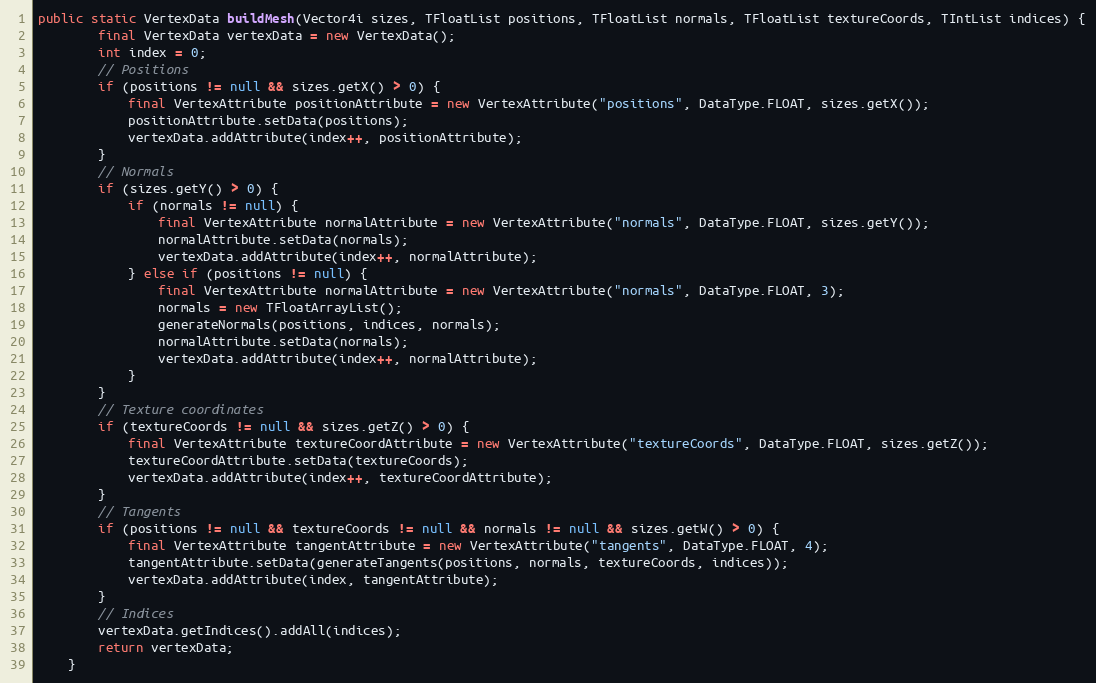
Language: Java
public static VertexData buildMesh(Vector4i sizes, TFloatList positions, TFloatList normals, TFloatList textureCoords, TIntList indices) {
        final VertexData vertexData = new VertexData();
        int index = 0;
        // Positions
        if (positions != null && sizes.getX() > 0) {
            final VertexAttribute positionAttribute = new VertexAttribute("positions", DataType.FLOAT, sizes.getX());
            positionAttribute.setData(positions);
            vertexData.addAttribute(index++, positionAttribute);
        }
        // Normals
        if (sizes.getY() > 0) {
            if (normals != null) {
                final VertexAttribute normalAttribute = new VertexAttribute("normals", DataType.FLOAT, sizes.getY());
                normalAttribute.setData(normals);
                vertexData.addAttribute(index++, normalAttribute);
            } else if (positions != null) {
                final VertexAttribute normalAttribute = new VertexAttribute("normals", DataType.FLOAT, 3);
                normals = new TFloatArrayList();
                generateNormals(positions, indices, normals);
                normalAttribute.setData(normals);
                vertexData.addAttribute(index++, normalAttribute);
            }
        }
        // Texture coordinates
        if (textureCoords != null && sizes.getZ() > 0) {
            final VertexAttribute textureCoordAttribute = new VertexAttribute("textureCoords", DataType.FLOAT, sizes.getZ());
            textureCoordAttribute.setData(textureCoords);
            vertexData.addAttribute(index++, textureCoordAttribute);
        }
        // Tangents
        if (positions != null && textureCoords != null && normals != null && sizes.getW() > 0) {
            final VertexAttribute tangentAttribute = new VertexAttribute("tangents", DataType.FLOAT, 4);
            tangentAttribute.setData(generateTangents(positions, normals, textureCoords, indices));
            vertexData.addAttribute(index, tangentAttribute);
        }
        // Indices
        vertexData.getIndices().addAll(indices);
        return vertexData;
    }